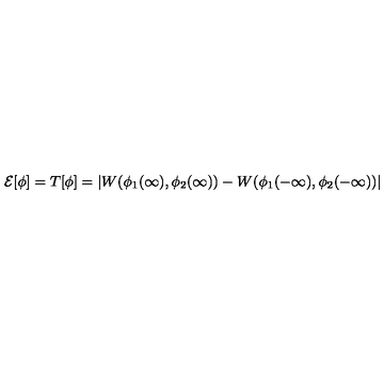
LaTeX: { \cal E } [ \phi ] = T [ \phi ] = | W ( \phi _ { 1 } ( \infty ) , \phi _ { 2 } ( \infty ) ) - W ( \phi _ { 1 } ( - \infty ) , \phi _ { 2 } ( - \infty ) ) |